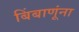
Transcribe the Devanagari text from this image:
बिंबाणूंना